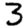
Digit: 3